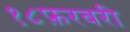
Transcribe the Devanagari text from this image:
१८फ़रवरी